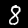
Digit: 8